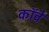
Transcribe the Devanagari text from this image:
कॉवे